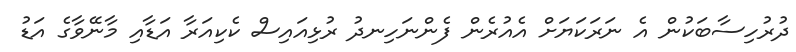
ދުރުހިސާބަކުން އެ ނަރަކަޔަށް އެއުރެން ފެންނަހިނދު ރުޅިއައިސް ކެކިއަރާ އަޑާއި މާނޭވާގެ އަޑު